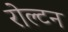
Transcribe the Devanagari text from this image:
रोल्टन